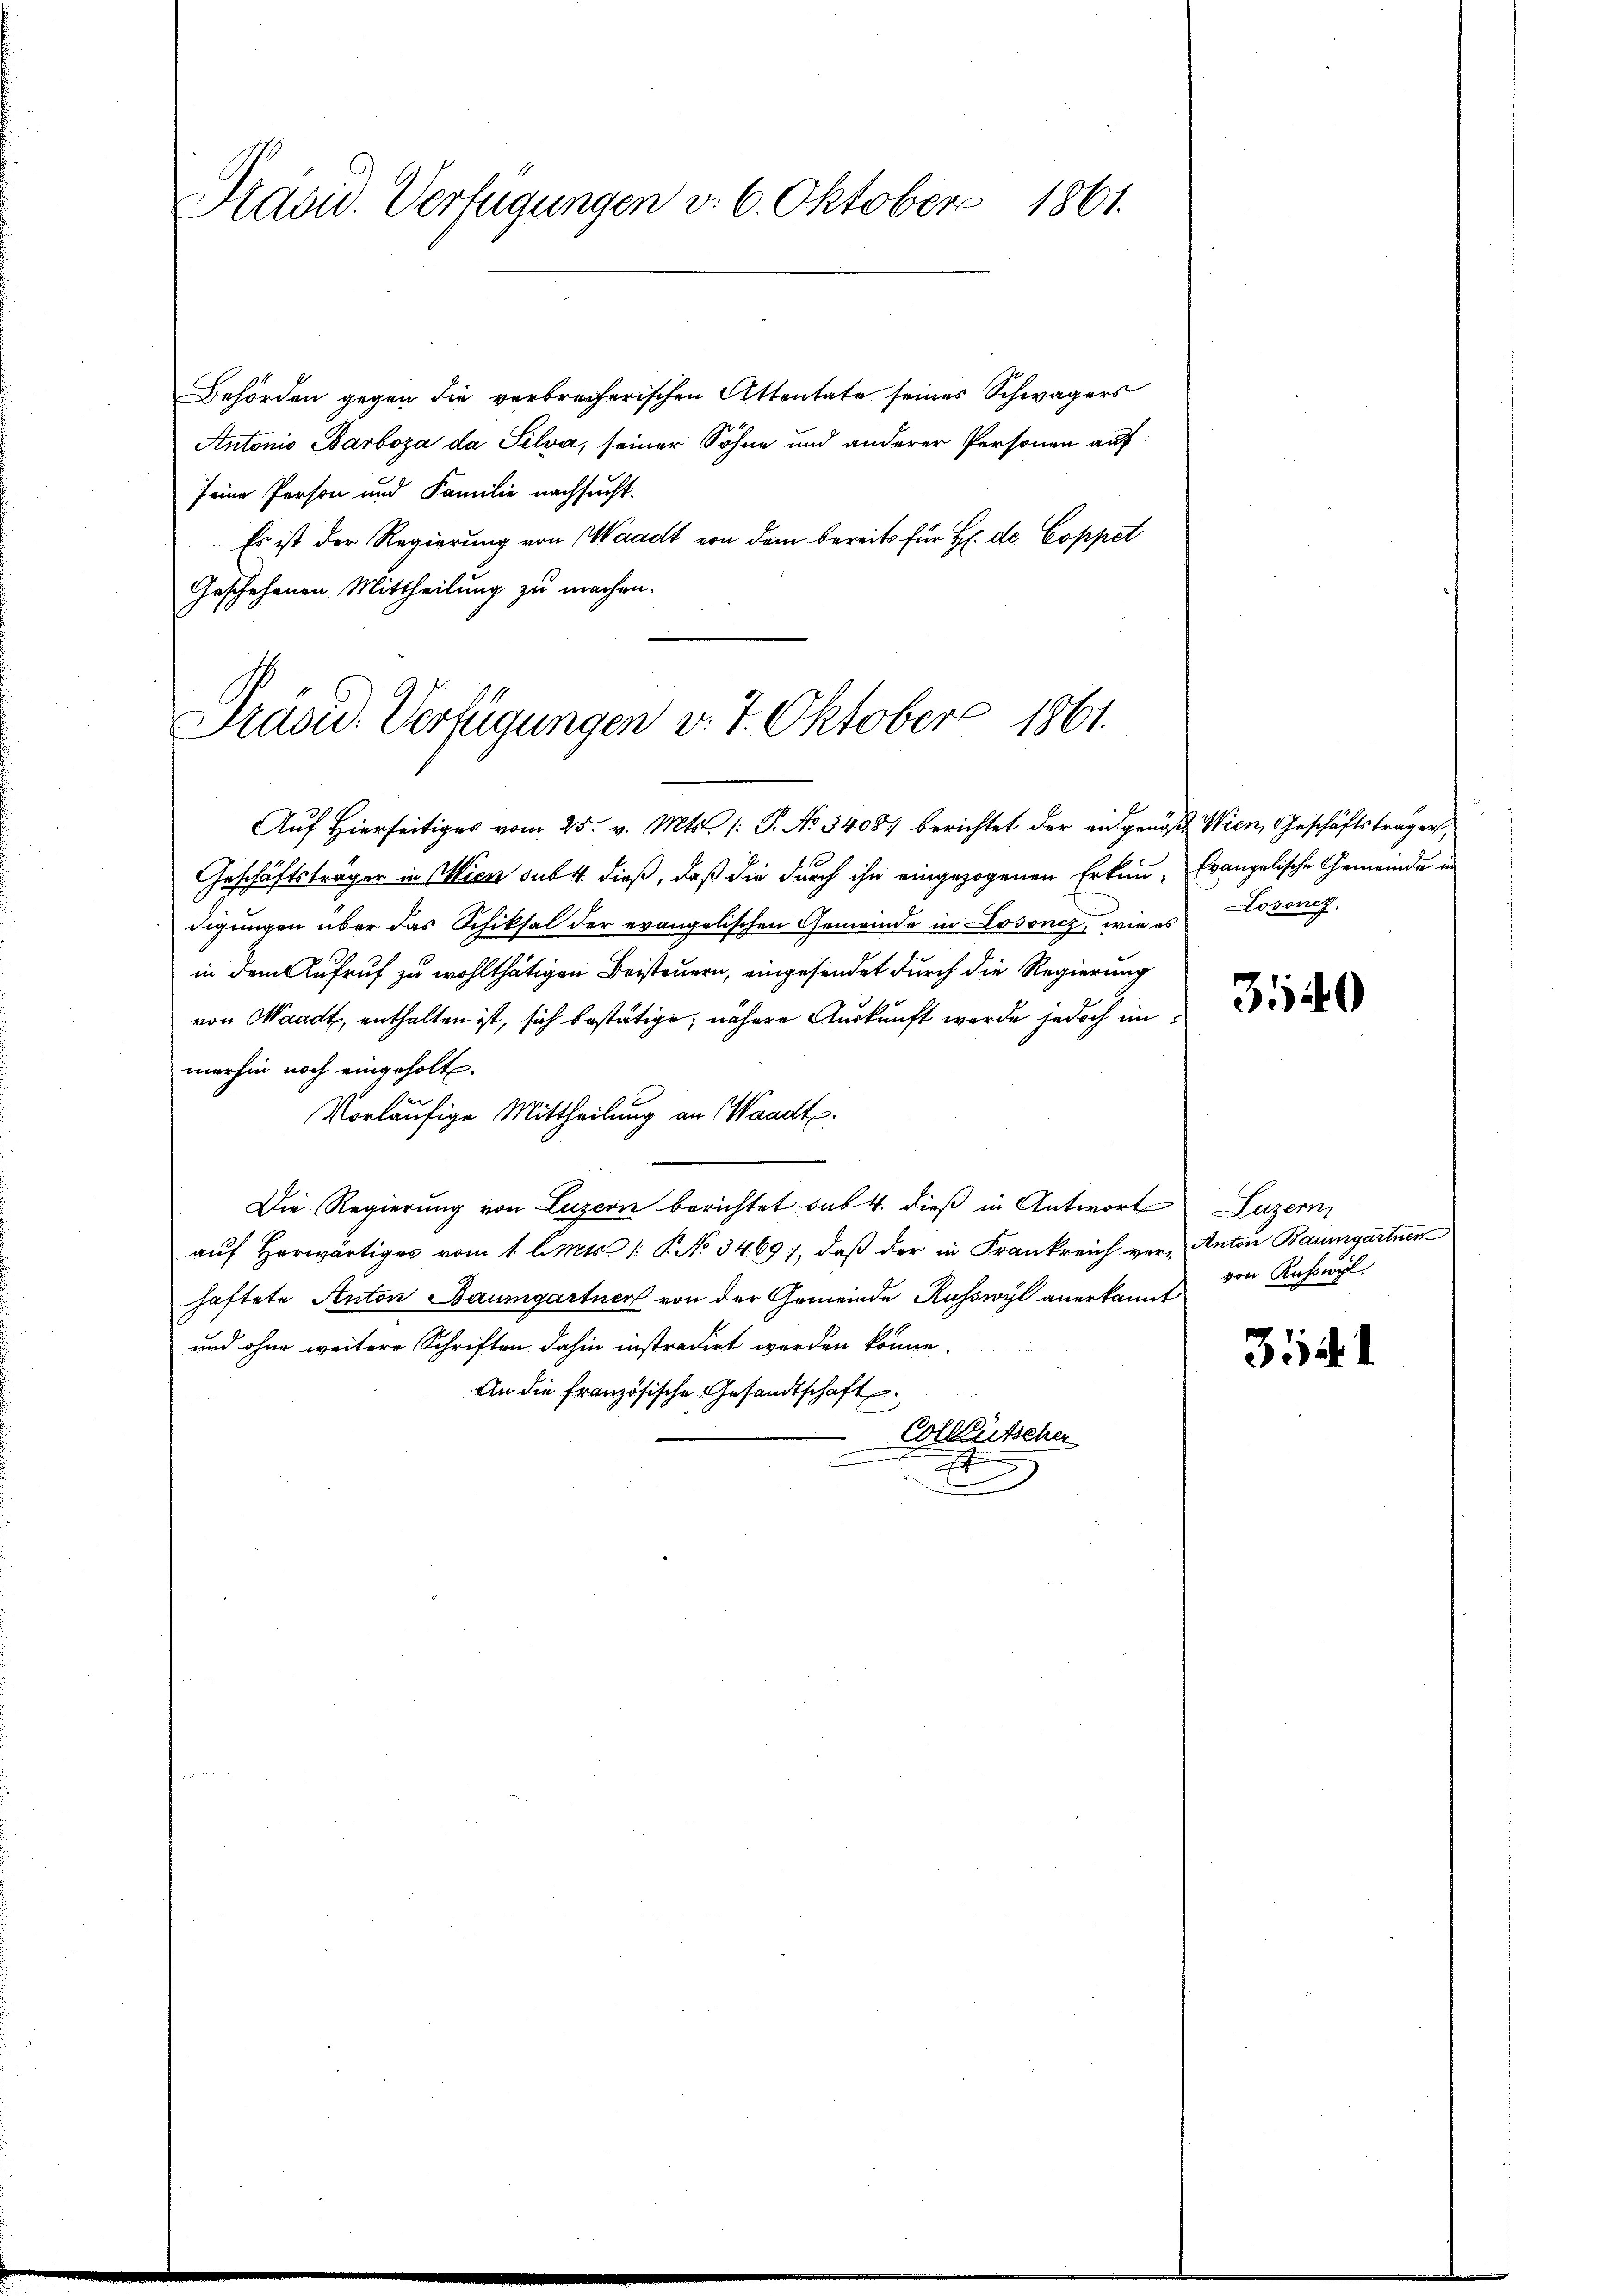
Präsid. Verfügungen v. 6. Oktober 1861.

Behörden gegen die verbrecherischen Attentate seines Schwägers
Antonio Barboza da Silva, seiner Söhne und anderer Personen auf
seine Person und Familie nachsucht.
Es ist der Regierung von Waadt von dem bereits für H. de Coppet
Geschehenen Mittheilung zu machen.

Präsid. Verfügungen v. 7. Oktober 1861.

Auf Hierseitig vom 25. v. Mts. /: P. No 54087 berichtet der eidgenoß Wien, Geschäftsträgen,
Geschäftsträger in Wien sub 4 dieß, daß die durch ihn eingezogenen Erkun- Evangelische Gemeinde in
digungen über das Schiksal der evangelischen Gemeinde in Losoncz, wie es Losoncz
in dem Aufruf zu wohlthätigen Beisteuern, eingesendet durch die Regierung
von Waadt, enthalten ist, sich bestätige, nähere Auskunft wurde jedoch im
merhin noch eingeholt.
er
Vorläufige Mittheilung an Waadt.
Die Regierŭng von Luzern berichtet sub 4. dieβ in Antwort Luzern
aŭf herwärtiger vom 1. l. Mts. 1. P. No 3469), daß der in Frankreich ver- Anton Baumgartner
haftete Anton Baumgartner von der Gemeinde Ruswyl anerkannt
und ohne weitere Schriften dahin instradirt werden könne.
An die französische Gesandtschaft.
Colleutscher
.
t

3140

von Ruswyl.

3541